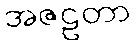
အဇဠတာ